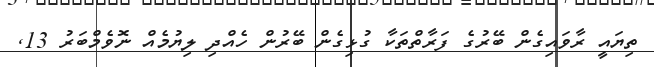
ތިޔައީ ރާވައިގެން ބޭރުގެ ފަރާތްތަކާ ގުޅިގެން ބޭރުން ހެއްދި ލިޔުމެއް ނޮވެމްބަރު 13